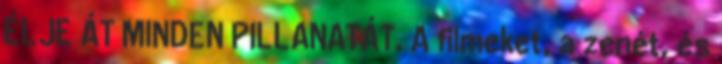
ÉLJE ÁT MINDEN PILLANATÁT. A filmeket, a zenét, és